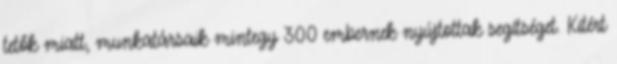
tetők miatt, munkatársaik mintegy 300 embernek nyújtottak segítséget. Kitért